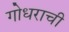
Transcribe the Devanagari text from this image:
गोधराची